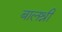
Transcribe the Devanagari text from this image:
बालश्री